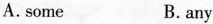
A.some B.any